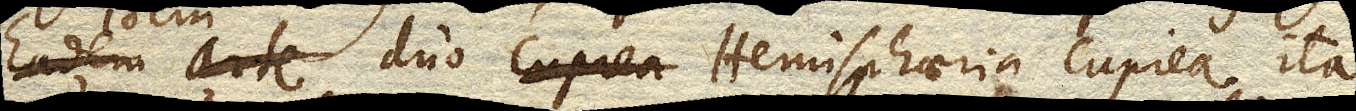
Eadem arte ⋕Idem duo Hemisphaeria cuprea ita